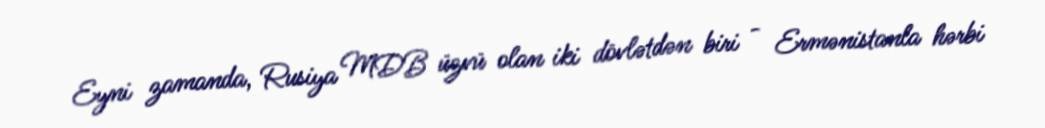
Eyni zamanda, Rusiya MDB üzvü olan iki dövlətdən biri - Ermənistanla hərbi